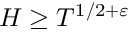
H \geq T ^ { 1 / 2 + \varepsilon }